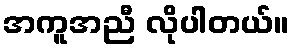
အကူအညီ လိုပါတယ်။